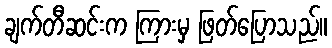
ချက်တီဆင်းက ကြားမှ ဖြတ်ပြောသည်။